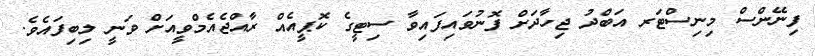
ފިނޭންސް މިނިސްޓަރ އަބްދު ޖިހާދަށް ފޮނުވައިފައިވާ ސިޓީގެ ކޮޕީއެއް ރާއްޖެއެމްވީއަށް ވަނީ ލިބިފައެެވެ.